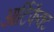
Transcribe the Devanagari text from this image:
आर्टिफैक्ट